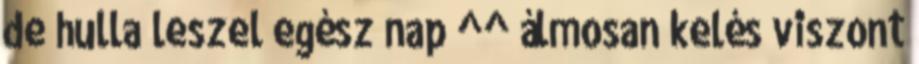
de hulla leszel egész nap ^^ álmosan kelés viszont